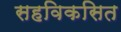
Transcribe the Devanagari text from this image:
सहविकसित